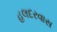
હલદરવાસ